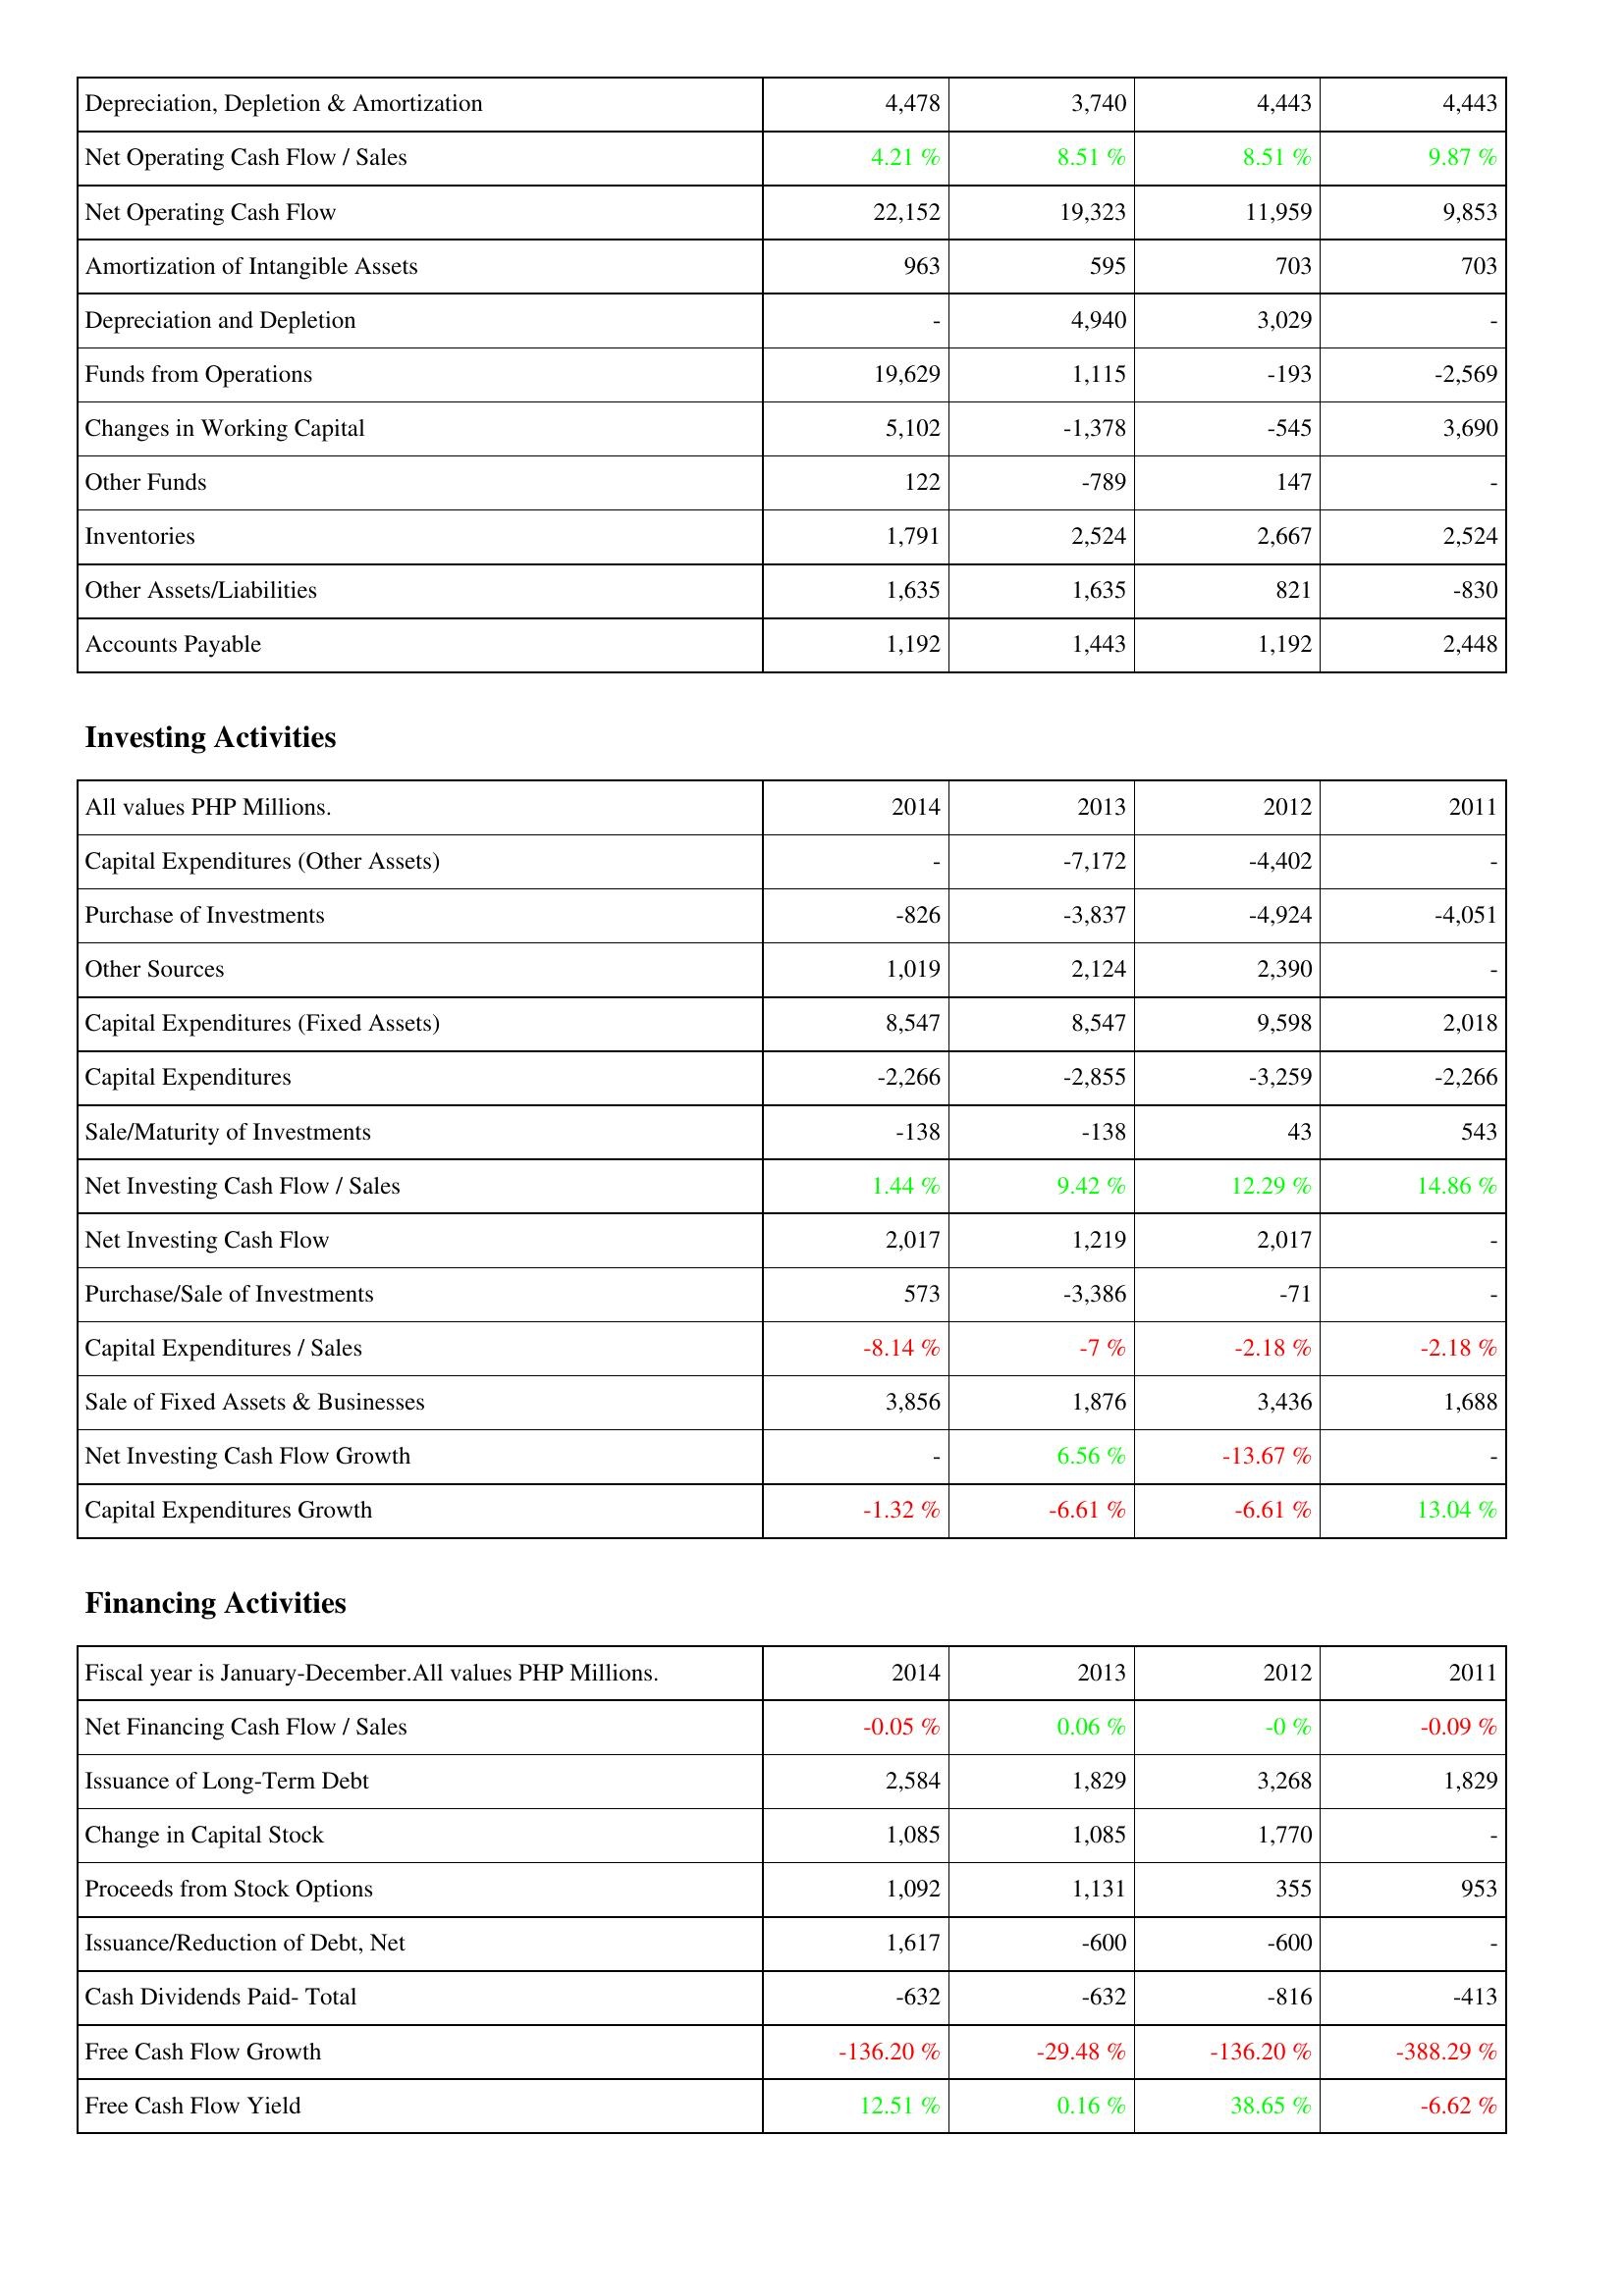
2014: Operating Activities: Depreciation, Depletion & Amortization: 4,478
Net Operating Cash Flow / Sales: 4.21 %
Net Operating Cash Flow: 22,152
Amortization of Intangible Assets: 963
Depreciation and Depletion: -
Funds from Operations: 19,629
Changes in Working Capital: 5,102
Other Funds: 122
Inventories: 1,791
Other Assets/Liabilities: 1,635
Accounts Payable: 1,192
Investing Activities: Capital Expenditures (Other Assets): -
Purchase of Investments: -826
Other Sources: 1,019
Capital Expenditures (Fixed Assets): 8,547
Capital Expenditures: -2,266
Sale/Maturity of Investments: -138
Net Investing Cash Flow / Sales: 1.44 %
Net Investing Cash Flow: 2,017
Purchase/Sale of Investments: 573
Capital Expenditures / Sales: -8.14 %
Sale of Fixed Assets & Businesses: 3,856
Net Investing Cash Flow Growth: -
Capital Expenditures Growth: -1.32 %
Financing Activities: Net Financing Cash Flow / Sales: -0.05 %
Issuance of Long-Term Debt: 2,584
Change in Capital Stock: 1,085
Proceeds from Stock Options: 1,092
Issuance/Reduction of Debt, Net: 1,617
Cash Dividends Paid- Total: -632
Free Cash Flow Growth: -136.20 %
Free Cash Flow Yield: 12.51 %
2013: Operating Activities: Depreciation, Depletion & Amortization: 3,740
Net Operating Cash Flow / Sales: 8.51 %
Net Operating Cash Flow: 19,323
Amortization of Intangible Assets: 595
Depreciation and Depletion: 4,940
Funds from Operations: 1,115
Changes in Working Capital: -1,378
Other Funds: -789
Inventories: 2,524
Other Assets/Liabilities: 1,635
Accounts Payable: 1,443
Investing Activities: Capital Expenditures (Other Assets): -7,172
Purchase of Investments: -3,837
Other Sources: 2,124
Capital Expenditures (Fixed Assets): 8,547
Capital Expenditures: -2,855
Sale/Maturity of Investments: -138
Net Investing Cash Flow / Sales: 9.42 %
Net Investing Cash Flow: 1,219
Purchase/Sale of Investments: -3,386
Capital Expenditures / Sales: -7 %
Sale of Fixed Assets & Businesses: 1,876
Net Investing Cash Flow Growth: 6.56 %
Capital Expenditures Growth: -6.61 %
Financing Activities: Net Financing Cash Flow / Sales: 0.06 %
Issuance of Long-Term Debt: 1,829
Change in Capital Stock: 1,085
Proceeds from Stock Options: 1,131
Issuance/Reduction of Debt, Net: -600
Cash Dividends Paid- Total: -632
Free Cash Flow Growth: -29.48 %
Free Cash Flow Yield: 0.16 %
2012: Operating Activities: Depreciation, Depletion & Amortization: 4,443
Net Operating Cash Flow / Sales: 8.51 %
Net Operating Cash Flow: 11,959
Amortization of Intangible Assets: 703
Depreciation and Depletion: 3,029
Funds from Operations: -193
Changes in Working Capital: -545
Other Funds: 147
Inventories: 2,667
Other Assets/Liabilities: 821
Accounts Payable: 1,192
Investing Activities: Capital Expenditures (Other Assets): -4,402
Purchase of Investments: -4,924
Other Sources: 2,390
Capital Expenditures (Fixed Assets): 9,598
Capital Expenditures: -3,259
Sale/Maturity of Investments: 43
Net Investing Cash Flow / Sales: 12.29 %
Net Investing Cash Flow: 2,017
Purchase/Sale of Investments: -71
Capital Expenditures / Sales: -2.18 %
Sale of Fixed Assets & Businesses: 3,436
Net Investing Cash Flow Growth: -13.67 %
Capital Expenditures Growth: -6.61 %
Financing Activities: Net Financing Cash Flow / Sales: -0 %
Issuance of Long-Term Debt: 3,268
Change in Capital Stock: 1,770
Proceeds from Stock Options: 355
Issuance/Reduction of Debt, Net: -600
Cash Dividends Paid- Total: -816
Free Cash Flow Growth: -136.20 %
Free Cash Flow Yield: 38.65 %
2011: Operating Activities: Depreciation, Depletion & Amortization: 4,443
Net Operating Cash Flow / Sales: 9.87 %
Net Operating Cash Flow: 9,853
Amortization of Intangible Assets: 703
Depreciation and Depletion: -
Funds from Operations: -2,569
Changes in Working Capital: 3,690
Other Funds: -
Inventories: 2,524
Other Assets/Liabilities: -830
Accounts Payable: 2,448
Investing Activities: Capital Expenditures (Other Assets): -
Purchase of Investments: -4,051
Other Sources: -
Capital Expenditures (Fixed Assets): 2,018
Capital Expenditures: -2,266
Sale/Maturity of Investments: 543
Net Investing Cash Flow / Sales: 14.86 %
Net Investing Cash Flow: -
Purchase/Sale of Investments: -
Capital Expenditures / Sales: -2.18 %
Sale of Fixed Assets & Businesses: 1,688
Net Investing Cash Flow Growth: -
Capital Expenditures Growth: 13.04 %
Financing Activities: Net Financing Cash Flow / Sales: -0.09 %
Issuance of Long-Term Debt: 1,829
Change in Capital Stock: -
Proceeds from Stock Options: 953
Issuance/Reduction of Debt, Net: -
Cash Dividends Paid- Total: -413
Free Cash Flow Growth: -388.29 %
Free Cash Flow Yield: -6.62 %